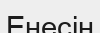
Енесін